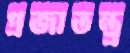
প্রজাতন্ত্র